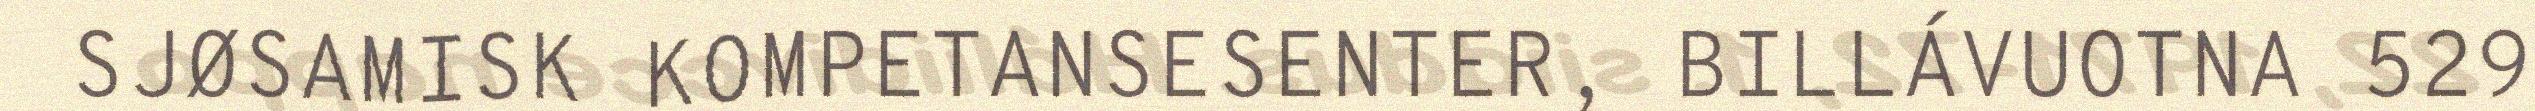
SJØSAMISK KOMPETANSESENTER, BILLÁVUOTNA 529